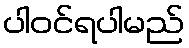
ပါဝင်ရပါမည်